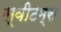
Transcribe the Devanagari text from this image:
स्वीटम्स